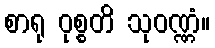
စာရု ဝုစ္စတိ သုဝဏ္ဏံ။